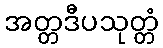
အတ္တဒီပသုတ္တံ